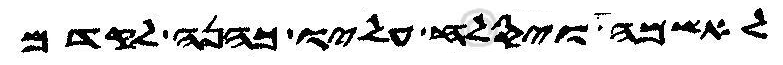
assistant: עלה ויסלח עליו כהנה לקדם